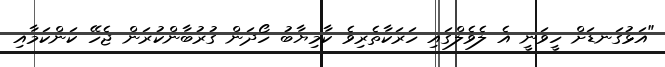
"އަޅުގަނޑަށް ހީވަނީ އެ ލެވެލްގައި ހަރަކާތެރިވެ ކާމިޔާބު ހޯދަން ގުރުބާންކުރަން ޖެހޭ ކަންކަމާއި